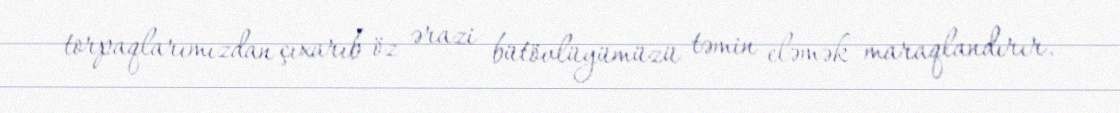
torpaqlarımızdan çıxarıb öz ərazi bütövlüyümüzü təmin eləmək maraqlandırır.